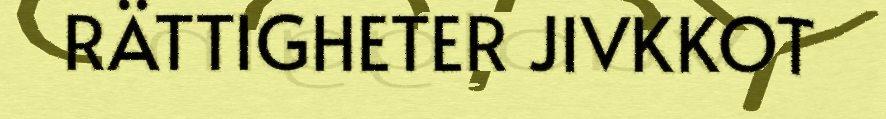
RÄTTIGHETER JIVKKOT